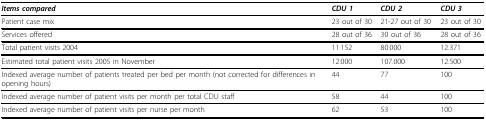
<table><thead><tr><td><b><i>Items compared</i></b></td><td><b><i>CDU 1</i></b></td><td><b><i>CDU 2</i></b></td><td><b><i>CDU 3</i></b></td></tr></thead><tbody><tr><td>Patient case mix</td><td>23 out of 30</td><td>21-27 out of 30</td><td>23 out of 30</td></tr><tr><td>Services offered</td><td>28 out of 36</td><td>30 out of 36</td><td>28 out of 36</td></tr><tr><td>Total patient visits 2004</td><td>11.152</td><td>80.000</td><td>12.371</td></tr><tr><td>Estimated total patient visits 2005 in November</td><td>12.000</td><td>107.000</td><td>12.500</td></tr><tr><td>Indexed average number of patients treated per bed per month (not corrected for differences in opening hours)</td><td>44</td><td>77</td><td>100</td></tr><tr><td>Indexed average number of patient visits per month per total CDU staff</td><td>58</td><td>44</td><td>100</td></tr><tr><td>Indexed average number of patient visits per nurse per month</td><td>62</td><td>53</td><td>100</td></tr></tbody></table>